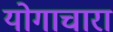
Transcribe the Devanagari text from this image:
योगाचारा